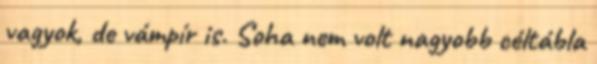
vagyok, de vámpír is. Soha nem volt nagyobb céltábla